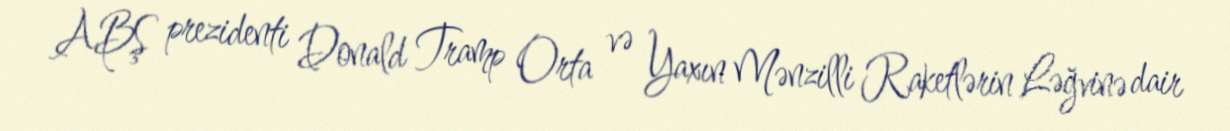
ABŞ prezidenti Donald Tramp Orta və Yaxın Mənzilli Raketlərin Ləğvinə dair